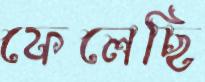
ফেলেছি